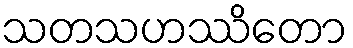
သတသဟဿိတော